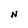
Character: N